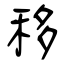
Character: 移